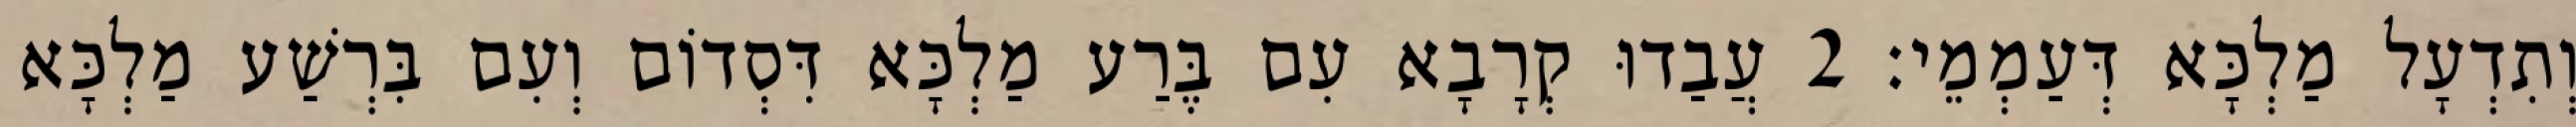
וְתִדְעָל מַלְכָּא דְּעַמְמֵי׃ 2 עֲבַדוּ קְרָבָא עִם בֶּרַע מַלְכָּא דִּסְדוֹם וְעִם בִּרְשַׁע מַלְכָּא